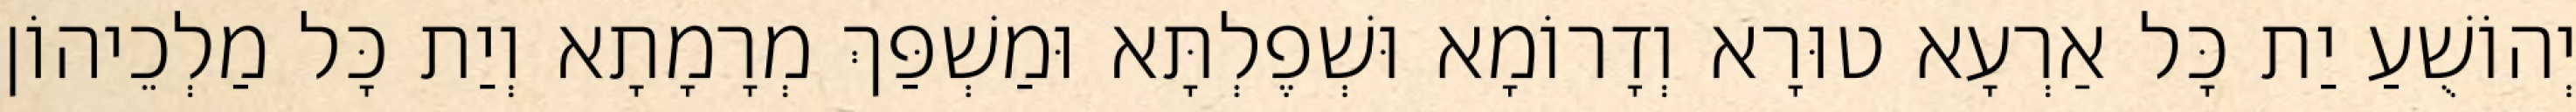
יְהוֹשֻׁעַ יַת כָּל אַרְעָא טוּרָא וְדָרוֹמָא וּשְׁפֶלְתָּא וּמַשְׁפַּךְ מְרָמָתָא וְיַת כָּל מַלְכֵיהוֹן